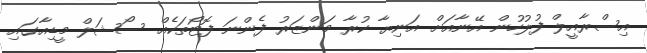
އިސްރާއީލް ފުލުހުން އޭނާއަށް އަނިޔާ ކުރާ މަންޒަރު ފެންނަ ފޮޓޯތަކެއް ސޯޝަލް މީޑިއާގައި